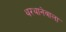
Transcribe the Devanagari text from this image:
थरथानेवाला